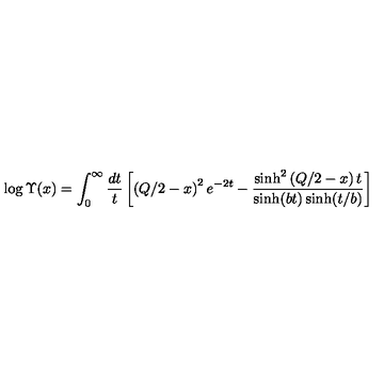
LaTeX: \log \Upsilon ( x ) = \int _ { 0 } ^ { \infty } \frac { d t } { t } \left[ \left( Q / 2 - x \right) ^ { 2 } e ^ { - 2 t } - \frac { \sinh ^ { 2 } \left( Q / 2 - x \right) t } { \sinh ( b t ) \sinh ( t / b ) } \right]